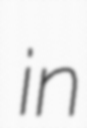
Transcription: in